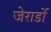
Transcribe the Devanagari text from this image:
जेरार्डो